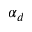
\alpha _ { d }